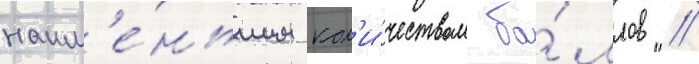
наим'е́ньшим кол'и́чеством ба́ллов //